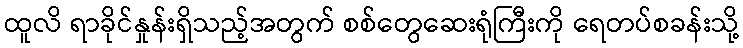
ထူလိ ရာခိုင်နှုန်းရှိသည့်အတွက် စစ်တွေဆေးရုံကြီးကို ရေတပ်စခန်းသို့